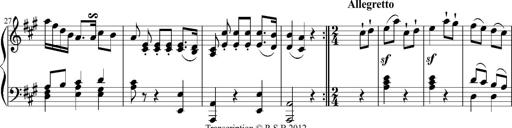
Title: 12 Sonatinas for Piano
Composer: Johann Baptist Vanhal